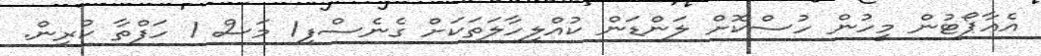
އެއާޕޯޓުން މީހުން ހުސްކޮށް ލަންޑަން ކުއްލިހާލަތަކަށް ގެނެސްފި1 މަސް 1 ހަފްތާ ކުރިން.